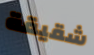
شقيقة